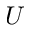
U